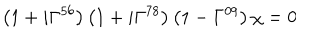
\left( 1 + i \Gamma ^ { 5 6 } \right) \left( 1 + i \Gamma ^ { 7 8 } \right) \left( 1 - \Gamma ^ { 0 9 } \right) \chi = 0